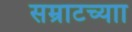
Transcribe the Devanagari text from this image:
सम्राटच्याा